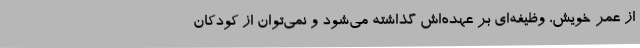
از عمر خویش، وظیفه‌ای بر عهده‌اش گذاشته می‌شود و نمی‌توان از کودکان